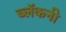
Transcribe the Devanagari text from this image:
ब्लॅकनी